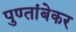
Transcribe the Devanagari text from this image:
पुण्तांबेकर